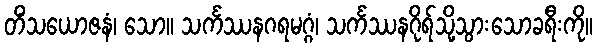
တိံသယောဇနံ၊ သော။ သင်္ကဿနဂရမဂ္ဂံ၊ သင်္ကဿနဂိုရ်သို့သွားသောခရီးကို။